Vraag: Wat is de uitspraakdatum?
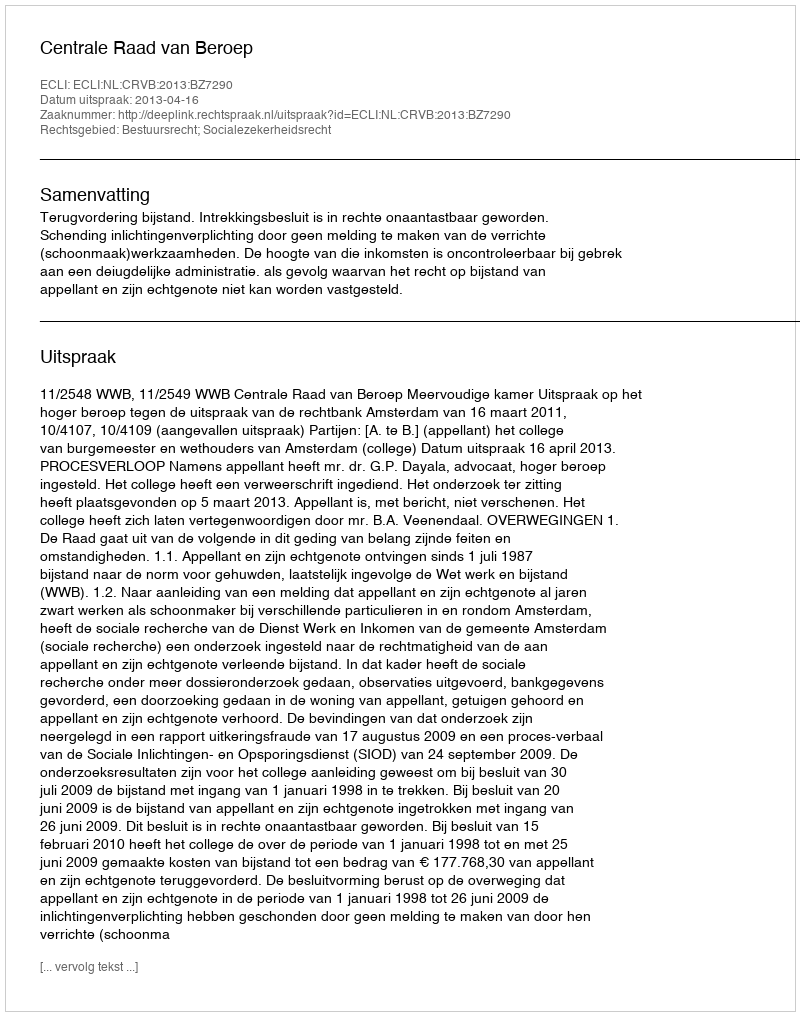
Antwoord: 2013-04-16